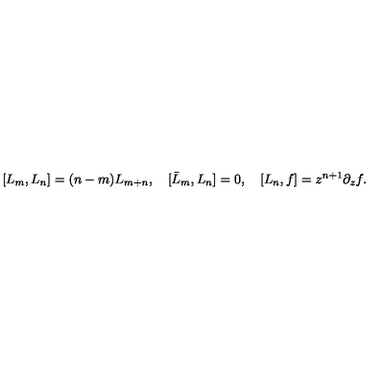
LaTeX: [ L _ { m } , L _ { n } ] = ( n - m ) L _ { m + n } , \quad [ \bar { L } _ { m } , L _ { n } ] = 0 , \quad [ L _ { n } , f ] = z ^ { n + 1 } \partial _ { z } f .